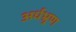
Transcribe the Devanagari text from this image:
अर्धभ्रूण